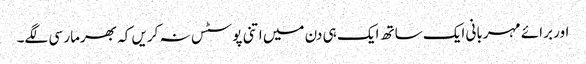
اور برائے مہربانی ایک ساتھ ایک ہی دن میں اتنی پوسٹس نہ کریں کہ بھرمار سی لگے۔